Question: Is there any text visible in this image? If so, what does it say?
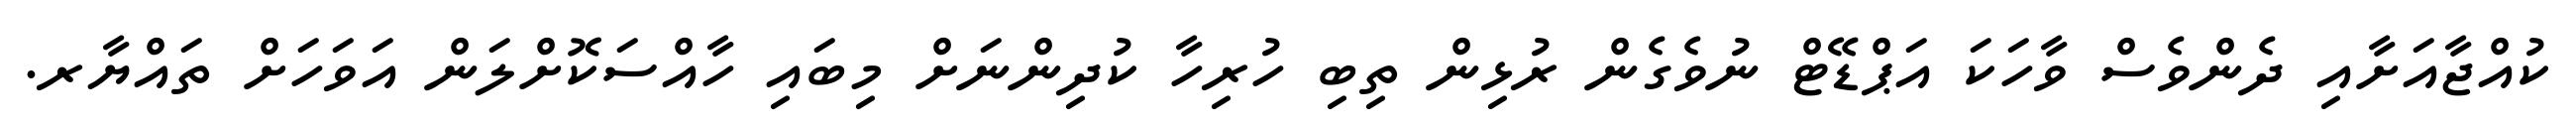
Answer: ކުއްޖާއަށާއި ދެންވެސް ވާހަކަ އަޕްޑޭޓް ނުވެގެން ރުޅިން ތިބި ހުރިހާ ކުދިންނަށް މިބައި ހާއްސަކޮށްލަން އަވަހަށް ތައްޔާރ.